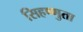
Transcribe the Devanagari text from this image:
सिहष्णुता